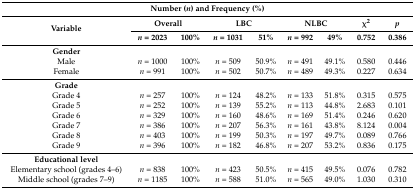
<table><thead><tr><td colspan="9"><b>Number (<i>n</i>) and Frequency (%)</b></td></tr><tr><td rowspan="2"><b>Variable</b></td><td colspan="2"><b>Overall</b></td><td colspan="2"><b>LBC</b></td><td colspan="2"><b>NLBC</b></td><td><b>χ<sup>2</sup></b></td><td><b><i>p</i></b></td></tr><tr><td><b><i>n</i> = 2023</b></td><td><b>100%</b></td><td><b><i>n</i> = 1031</b></td><td><b>51%</b></td><td><b><i>n</i> = 992</b></td><td><b>49%</b></td><td><b>0.752</b></td><td><b>0.386</b></td></tr></thead><tbody><tr><td><b>Gender</b></td><td colspan="6"></td><td></td><td></td></tr><tr><td>Male</td><td><i>n</i> = 1000</td><td>100%</td><td><i>n</i> = 509</td><td>50.9%</td><td><i>n</i> = 491</td><td>49.1%</td><td>0.580</td><td>0.446</td></tr><tr><td>Female</td><td><i>n</i> = 991</td><td>100%</td><td><i>n</i> = 502</td><td>50.7%</td><td><i>n</i> = 489</td><td>49.3%</td><td>0.227</td><td>0.634</td></tr><tr><td><b>Grade</b></td><td colspan="6"></td><td></td><td></td></tr><tr><td>Grade 4</td><td><i>n</i> = 257</td><td>100%</td><td><i>n</i> = 124</td><td>48.2%</td><td><i>n</i> = 133</td><td>51.8%</td><td>0.315</td><td>0.575</td></tr><tr><td>Grade 5</td><td><i>n</i> = 252</td><td>100%</td><td><i>n</i> = 139</td><td>55.2%</td><td><i>n</i> = 113</td><td>44.8%</td><td>2.683</td><td>0.101</td></tr><tr><td>Grade 6</td><td><i>n</i> = 329</td><td>100%</td><td><i>n</i> = 160</td><td>48.6%</td><td><i>n</i> = 169</td><td>51.4%</td><td>0.246</td><td>0.620</td></tr><tr><td>Grade 7</td><td><i>n</i> = 386</td><td>100%</td><td><i>n</i> = 207</td><td>56.3%</td><td><i>n</i> = 161</td><td>43.8%</td><td>8.124</td><td>0.004</td></tr><tr><td>Grade 8</td><td><i>n</i> = 403</td><td>100%</td><td><i>n</i> = 199</td><td>50.3%</td><td><i>n</i> = 197</td><td>49.7%</td><td>0.089</td><td>0.766</td></tr><tr><td>Grade 9</td><td><i>n</i> = 396</td><td>100%</td><td><i>n</i> = 182</td><td>46.8%</td><td><i>n</i> = 207</td><td>53.2%</td><td>0.836</td><td>0.175</td></tr><tr><td><b>Educational level</b></td><td colspan="6"></td><td></td><td></td></tr><tr><td>Elementary school (grades 4–6)</td><td><i>n</i> = 838</td><td>100%</td><td><i>n</i> = 423</td><td>50.5%</td><td><i>n</i> = 415</td><td>49.5%</td><td>0.076</td><td>0.782</td></tr><tr><td>Middle school (grades 7–9)</td><td><i>n</i> = 1185</td><td>100%</td><td><i>n</i> = 588</td><td>51.0%</td><td><i>n</i> = 565</td><td>49.0%</td><td>1.030</td><td>0.310</td></tr></tbody></table>